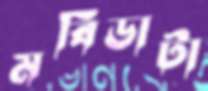
মবিডাটা